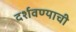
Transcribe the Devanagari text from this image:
दर्शवण्याची